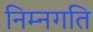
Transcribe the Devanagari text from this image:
निम्नगति